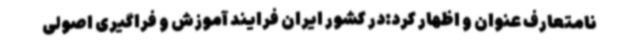
نامتعارف عنوان و اظهار کرد:در کشور ایران فرایند آموزش و فراگیری اصولی